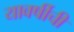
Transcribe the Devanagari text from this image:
यावर्षीची